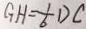
G H = \frac { 1 } { 6 } D C